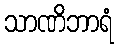
သာဏိဘာရံ